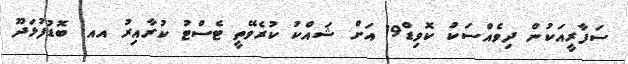
ސަފާރީއަކުން ދިވެއްސަކު ކޮވިޑް19 އަށް ޝައްކު ކުރެވޭތީ ޓެސްޓު ކުރާއިރު އއ. ބޮޑުފުޅަދޫ